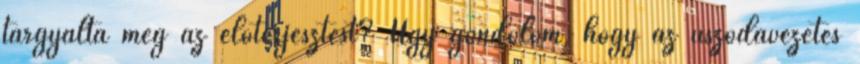
tárgyalta meg az előterjesztést? Úgy gondolom, hogy az uszodavezetés